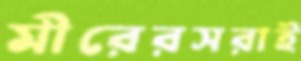
মীরেরসরাই